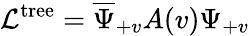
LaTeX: {\cal L}^{\mathrm{tree}}=\overline{{{\Psi}}}_{+v}A(v)\Psi_{+v}